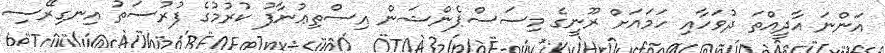
އަންނަ އާދީއްތަ ދުވަހާއި ހަމައަށް ރޫނީގެ މިސަސްޕެންޝަން އިސްތިޢުނާފު ކުރުމުގެ ފުރުސަތު އިނގިރޭސި